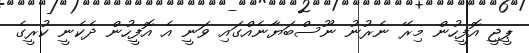
ޕީޖީ އޮފީހުން މިރޭ ނެރުނު ނޫސްބަޔާނެއްގައި ވަނީ އެ އޮފީހުން ދެކެނީ ކުރީގެ